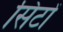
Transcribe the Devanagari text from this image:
सिटों